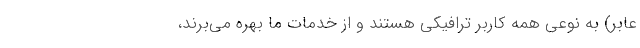
عابر) به نوعی همه کاربر ترافیکی هستند و از خدمات ما بهره می‌برند،